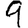
Digit: 9